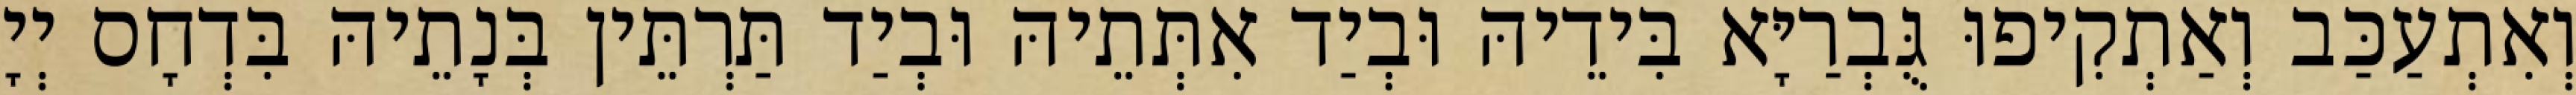
וְאִתְעַכַּב וְאַתְקִיפוּ גֻּבְרַיָּא בִּידֵיהּ וּבְיַד אִתְּתֵיהּ וּבְיַד תַּרְתֵּין בְּנָתֵיהּ בִּדְחָס יְיָ